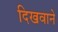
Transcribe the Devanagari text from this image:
दिखवाने